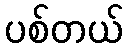
ပစ်တယ်